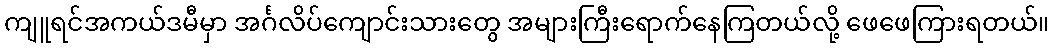
ကျူရင်အကယ်ဒမီမှာ အင်္ဂလိပ်ကျောင်းသားတွေ အများကြီးရောက်နေကြတယ်လို့ ဖေဖေကြားရတယ်။